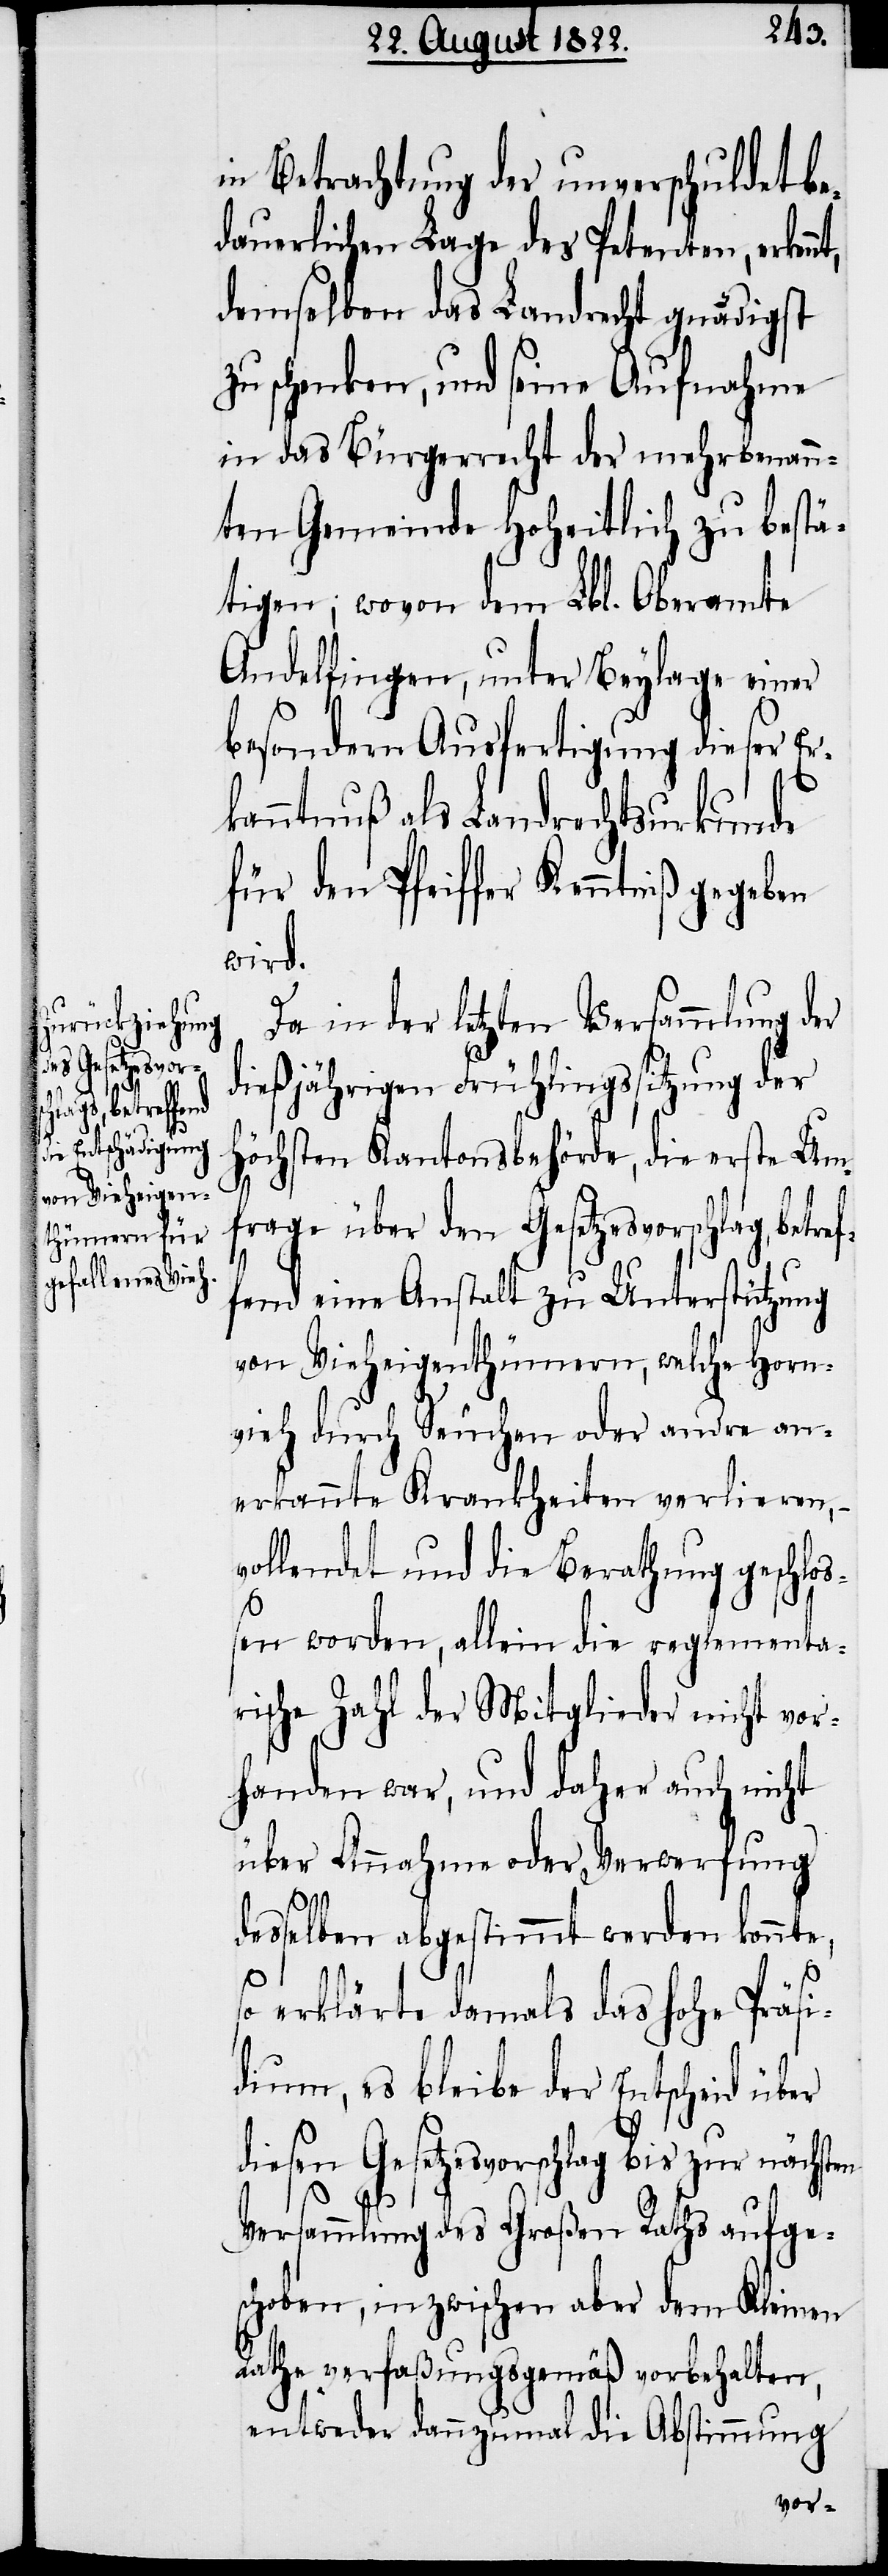
in Betrachtung der unverschuldet be¬
dauerlichen Lage des Petenten, erken¬
demselben das Landrecht gnädigst
zu schenken, und seine Aufnahme
in das Bürgerrecht der mehrbenann¬
ten Gemeinde hoheitlich zu bestä¬
tigen; wovon dem Lbl. Oberamte
Andelfingen, unter Beylage einer
besondern Ausfertigung dieser Er¬
kanntnuß als Landrechtsurkunde
für den Pfeiffer Kenntniß gegeben
wird.
Da in der letzten Versammlung der
dießjährigen Frühlingssitzung der
höchsten Kantonsbehörde, die erste Um¬
frage über den Gesetzesvorschlag, betre¬
fend eine Anstalt zu Unterstützung
von Vieheigenthümern, welche Horn¬
vieh durch Seuchen oder andre an¬
erkannte Krankheiten verlieren,
vollendet und die Berathung geschlo¬
ßen worden, allein die reglementa¬
rische Zahl der Mitglieder nicht vor¬
handen war, und daher auch nicht
über Annahme oder Verwerfung
en
desselben abgestimmt werden konnte,
so erklärte damals das Hohe Präsi¬
dium, es bleibe der Entscheid über
diesen Gesetzesvorschlag bis zur nächst¬
Versammlung des Großen Raths aufge¬
schoben, inzwischen aber dem Kleinen
Rathe verfaßungsgemäß vorbehalten,
entweder dannzumal die Abstimmung